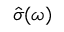
\hat { \sigma } ( \omega )